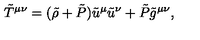
\tilde { T } ^ { \mu \nu } = ( \tilde { \rho } + \tilde { P } ) \tilde { u } ^ { \mu } \tilde { u } ^ { \nu } + \tilde { P } \tilde { g } ^ { \mu \nu } ,